Lunatic asylums in Bengal annual reports 1888-1898 - 1888-1898
Year: 1888
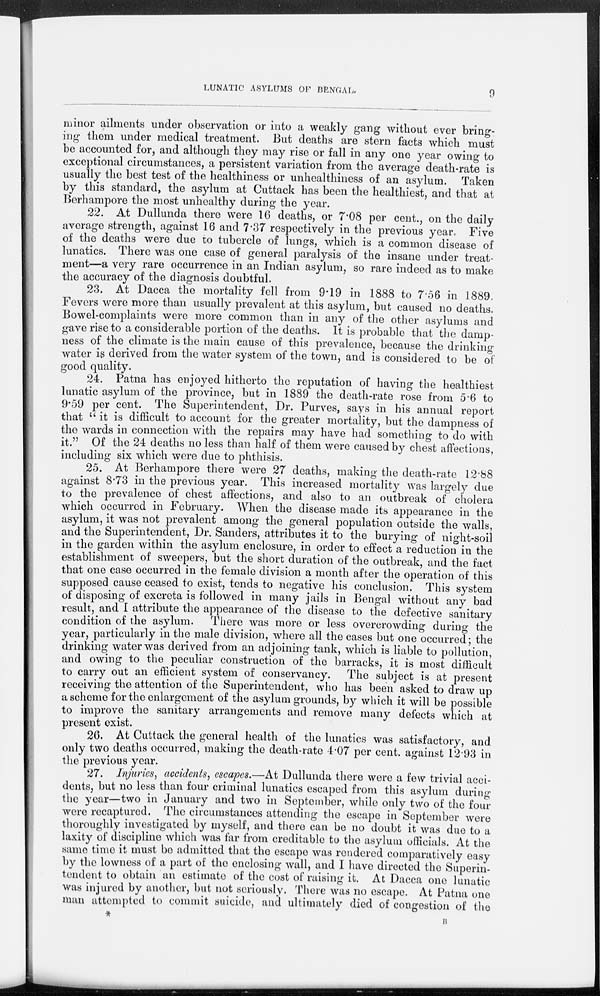
LUNATIC ASYLUMS OF BENGAL.
9
minor ailments under observation or into a weakly gang without ever bring-
ing them under medical treatment. But deaths are stern facts which must
be accounted for, and although they may rise or fall in any one year owing to
exceptional circumstances, a persistent variation from the average death-rate is
usually the best test of the healthiness or unhealthiness of an asylum. Taken
by this standard, the asylum at Cuttack has been the healthiest, and that at
Berhampore the most unhealthy during the year.
22. At Dullunda there were 16 deaths, or 7.08 per cent., on the daily
average strength, against 16 and 7.37 respectively in the previous year. Five
of the deaths were due to tubercle of lungs, which is a common disease of
lunatics. There was one case of general paralysis of the insane under treat-
ment—a very rare occurrence in an Indian asylum, so rare indeed as to make
the accuracy of the diagnosis doubtful.
23. At Dacca the mortality fell from 9.19 in 1888 to 7.56 in 1889.
Fevers were more than usually prevalent at this asylum, but caused no deaths.
Bowel-complaints were more common than in any of the other asylums and
gave rise to a considerable portion of the deaths. It is probable that the damp-
ness of the climate is the main cause of this prevalence, because the drinking
water is derived from the water system of the town, and is considered to be of
good quality.
24. Patna has enjoyed hitherto the reputation of having the healthiest
lunatic asylum of the province, but in 1889 the death-rate rose from 5.6 to
9.59 per cent. The Superintendent, Dr. Purves, says in his annual report
that "it is difficult to account for the greater mortality, but the dampness of
the wards in connection with the repairs may have had something to do with
it." Of the 24 deaths no less than half of them were caused by chest affections,
including six which were due to phthisis.
25. At Berhampore there were 27 deaths, making the death-rate 12.88
against 8.73 in the previous year. This increased mortality was largely due
to the prevalence of chest affections, and also to an outbreak of cholera
which occurred in February. When the disease made its appearance in the
asylum, it was not prevalent among the general population outside the walls,
and the Superintendent, Dr. Sanders, attributes it to the burying of night-soil
in the garden within the asylum enclosure, in order to effect a reduction in the
establishment of sweepers, but the short duration of the outbreak, and the fact
that one case occurred in the female division a month after the operation of this
supposed cause ceased to exist, tends to negative his conclusion. This system
of disposing of excreta is followed in many jails in Bengal without any bad
result, and I attribute the appearance of the disease to the defective sanitary
condition of the asylum.
There was more or less overcrowding during the
year, particularly in the male division, where all the cases but one occurred; the
drinking water was derived from an adjoining tank, which is liable to pollution,
and owing to the peculiar construction of the barracks, it is most difficult
to carry out an efficient system of conservancy. The subject is at present
receiving the attention of the Superintendent, who has been asked to draw up
a scheme for the enlargement of the asylum grounds, by which it will be possible
to improve the sanitary arrangements and remove many defects which at
present exist.
26. At Cuttack the general health of the lunatics was satisfactory, and
only two deaths occurred, making the death-rate 4.07 per cent. against 12.93 in
the previous year.
27. Injuries, accidents, escapes.—At Dullunda there were a few trivial acci-
dents, but no less than four criminal lunatics escaped from this asylum during
the year—two in January and two in September, while only two of the four
were recaptured. The circumstances attending the escape in September were
thoroughly investigated by myself, and there can be no doubt it was due to a
laxity of discipline which was far from creditable to the asylum officials. At the
same time it must be admitted that the escape was rendered comparatively easy
by the lowness of a part of the enclosing wall, and I have directed the Superin-
tendent to obtain an estimate of the cost of raising it. At Dacca one lunatic
was injured by another, but not seriously. There was no escape. At Patna one
man attempted to commit suicide, and ultimately died of congestion of the
*
B